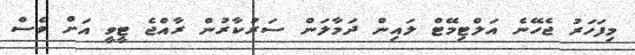
މިފަހަރު ޖެހޭނެ އަލްޓިމޭޓް ލައިން ދަމާލަން ސަރުކާރުން ރާއްޖެ ޓީވީ އަށް ވެސް